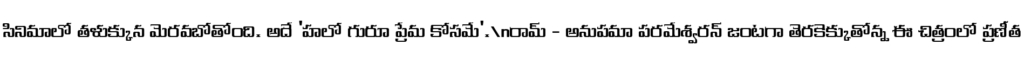
సినిమాలో తళుక్కున మెరవబోతోంది. అదే 'హలో గురూ ప్రేమ కోసమే'.\nరామ్ - అనుపమా పరమేశ్వరన్ జంటగా తెరకెక్కుతోన్న ఈ చిత్రంలో ప్రణీత